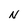
Character: N